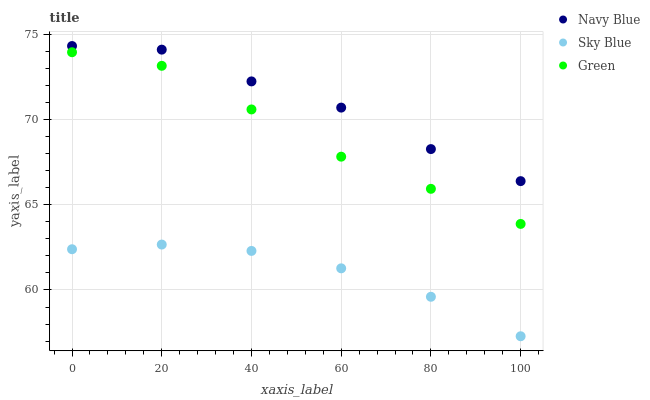
| xaxis_label | Navy Blue | Sky Blue | Green |
 | --- | --- | --- | --- |
 | 0 | 74.3 | 62.4 | 74 |
 | 20 | 74.1 | 62.7 | 73.2 |
 | 40 | 72.2 | 62.3 | 70.6 |
 | 60 | 70.7 | 61.3 | 67.8 |
 | 80 | 68.3 | 59.6 | 65.9 |
 | 100 | 66.4 | 57.3 | 63.9 |